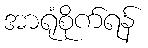
အာရုံစိုက်ရန်